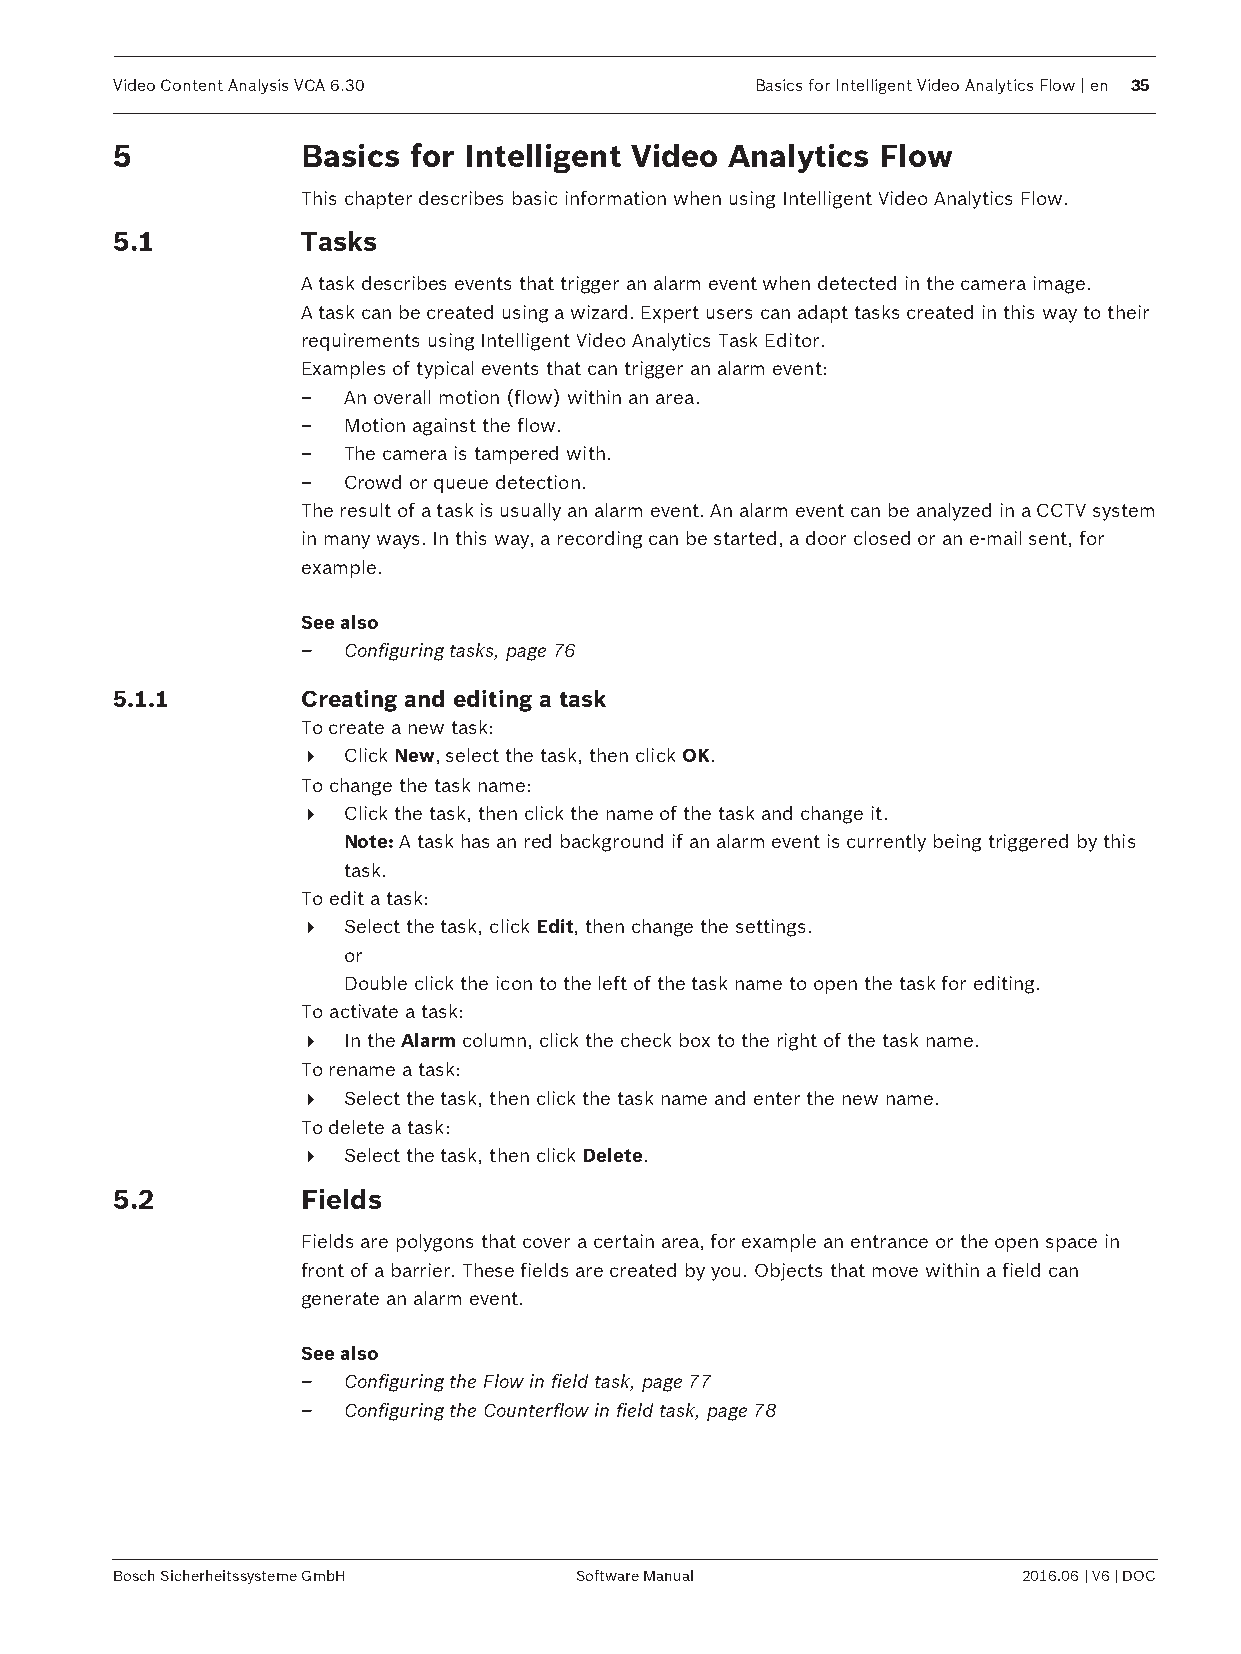
Video Content Analysis VCA 6.30           Basics for Intelligent Video Analytics Flow | en 35
 5           Basics for Intelligent Video Analytics Flow
 This chapter describes basic information when using Intelligent Video Analytics Flow.
 5.1         Tasks
 A task describes events that trigger an alarm event when detected in the camera image.
 A task can be created using a wizard. Expert users can adapt tasks created in this way to their
 requirements using Intelligent Video Analytics Task Editor.
 Examples of typical events that can trigger an alarm event:
 –  An overall motion (flow) within an area.
 –  Motion against the flow.
 –  The camera is tampered with.
 –  Crowd or queue detection.
 The result of a task is usually an alarm event. An alarm event can be analyzed in a CCTV system
 in many ways. In this way, a recording can be started, a door closed or an e-mail sent, for
 example.
 See also
 –  Configuring tasks, page 76
 5.1.1       Creating and editing a task
 To create a new task:
 4  Click New, select the task, then click OK.
 To change the task name:
 4  Click the task, then click the name of the task and change it.
 Note: A task has an red background if an alarm event is currently being triggered by this
 task.
 To edit a task:
 4  Select the task, click Edit, then change the settings.
 or
 Double click the icon to the left of the task name to open the task for editing.
 To activate a task:
 4  In the Alarm column, click the check box to the right of the task name.
 To rename a task:
 4  Select the task, then click the task name and enter the new name.
 To delete a task:
 4  Select the task, then click Delete.
 5.2         Fields
 Fields are polygons that cover a certain area, for example an entrance or the open space in
 front of a barrier. These fields are created by you. Objects that move within a field can
 generate an alarm event.
 See also
 –  Configuring the Flow in field task, page 77
 –  Configuring the Counterflow in field task, page 78
 Bosch Sicherheitssysteme GmbH Software Manual               2016.06 | V6 | DOC